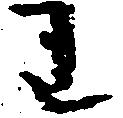
わ